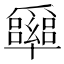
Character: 𠧏